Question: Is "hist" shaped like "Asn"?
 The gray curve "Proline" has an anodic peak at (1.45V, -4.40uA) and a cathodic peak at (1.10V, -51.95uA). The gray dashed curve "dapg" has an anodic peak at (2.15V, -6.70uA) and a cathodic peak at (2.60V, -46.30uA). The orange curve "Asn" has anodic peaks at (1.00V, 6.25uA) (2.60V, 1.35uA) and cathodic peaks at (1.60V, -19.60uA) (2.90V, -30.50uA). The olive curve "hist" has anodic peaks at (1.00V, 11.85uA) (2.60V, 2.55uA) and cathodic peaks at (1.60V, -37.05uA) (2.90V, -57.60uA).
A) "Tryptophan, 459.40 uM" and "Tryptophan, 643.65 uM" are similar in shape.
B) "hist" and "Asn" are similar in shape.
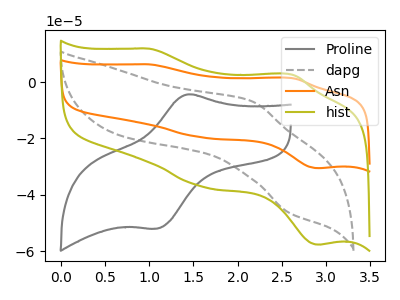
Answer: <think>All the peaks in "hist" have a peak in "Asn" at the same potential. Every peak in "hist" is higher than every peak in "Asn".
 </think>
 <answer>B) "hist" and "Asn" are similar in shape.</answer>
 <eval>B</eval>